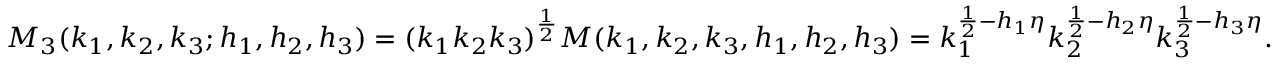
M _ { 3 } ( k _ { 1 } , k _ { 2 } , k _ { 3 } ; h _ { 1 } , h _ { 2 } , h _ { 3 } ) = ( k _ { 1 } k _ { 2 } k _ { 3 } ) ^ { \frac { 1 } { 2 } } M ( k _ { 1 } , k _ { 2 } , k _ { 3 } , h _ { 1 } , h _ { 2 } , h _ { 3 } ) = k _ { 1 } ^ { \frac { 1 } { 2 } - h _ { 1 } \eta } k _ { 2 } ^ { \frac { 1 } { 2 } - h _ { 2 } \eta } k _ { 3 } ^ { \frac { 1 } { 2 } - h _ { 3 } \eta } .